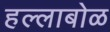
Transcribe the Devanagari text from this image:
हल्लाबोळ